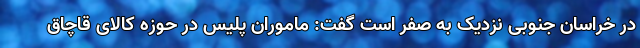
در خراسان جنوبی نزدیک به صفر است گفت: ماموران پلیس در حوزه کالای قاچاق